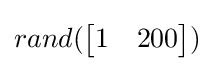
rand({\begin{bmatrix}1&200\end{bmatrix}})